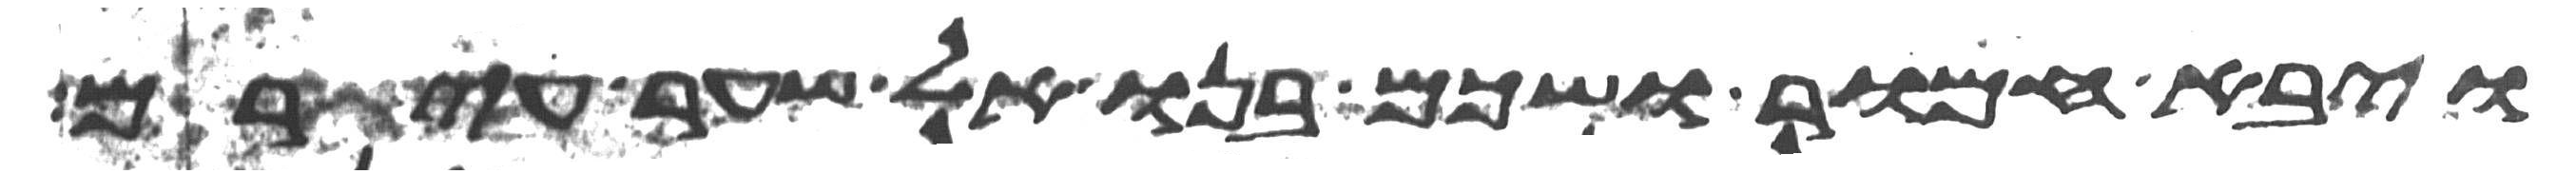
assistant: ויבא חמור ושכם בנו אל שער עירם